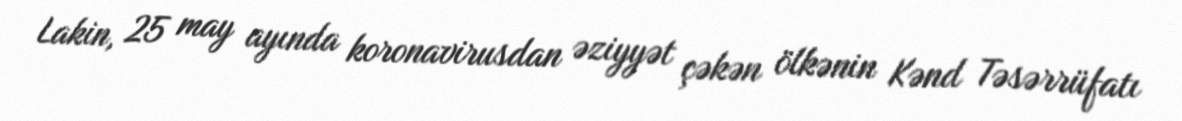
Lakin, 25 may ayında koronavirusdan əziyyət çəkən ölkənin Kənd Təsərrüfatı